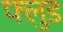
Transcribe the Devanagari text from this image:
फ्लुड